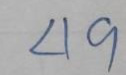
49